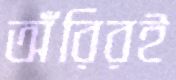
অঁরিরই